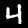
Digit: 4